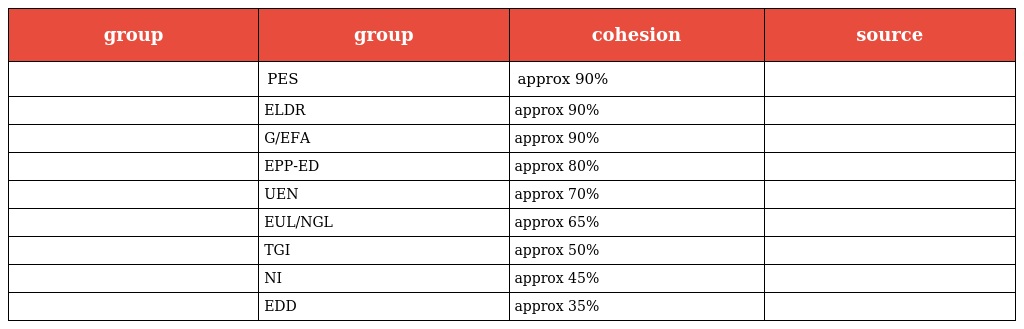
| group | group | cohesion | source |
 | --- | --- | --- | --- |
 |  | PES | approx 90% |  |
 |  | ELDR | approx 90% |  |
 |  | G/EFA | approx 90% |  |
 |  | EPP-ED | approx 80% |  |
 |  | UEN | approx 70% |  |
 |  | EUL/NGL | approx 65% |  |
 |  | TGI | approx 50% |  |
 |  | NI | approx 45% |  |
 |  | EDD | approx 35% |  |